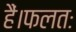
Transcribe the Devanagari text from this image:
हैं।फलतः